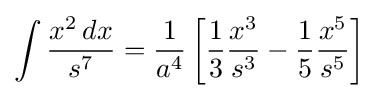
\int {\frac {x^{2}\,dx}{s^{7}}}={\frac {1}{a^{4}}}\left[{\frac {1}{3}}{\frac {x^{3}}{s^{3}}}-{\frac {1}{5}}{\frac {x^{5}}{s^{5}}}\right]